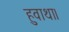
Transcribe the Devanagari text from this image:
हुवाथा।